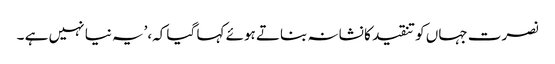
نصرت جہاں کو تنقید کا نشانہ بناتے ہوئے کہا گیا کہ،’یہ نیا نہیں ہے ۔